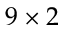
9 \times 2